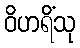
ဝိဟရိံသု